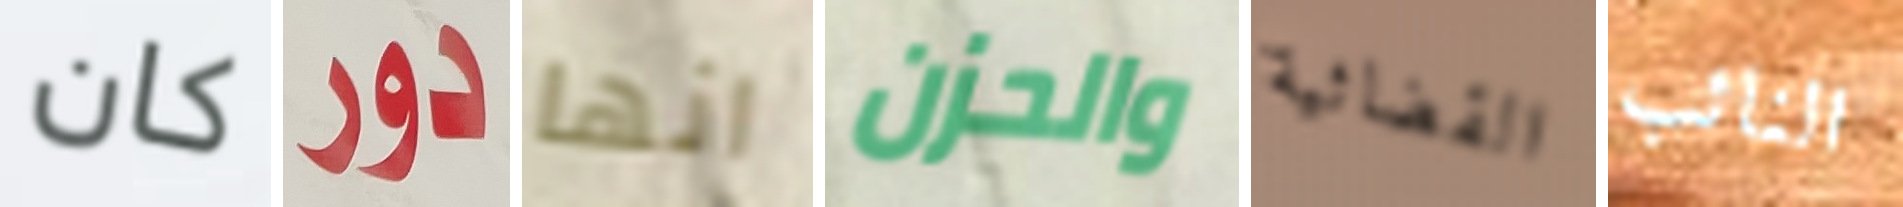
كان دور انها والحزن القضائية النائب